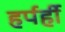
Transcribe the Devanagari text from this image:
हर्पर्ही